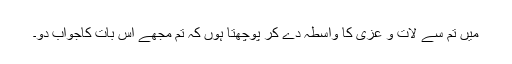
میں تم سے لات و عُزّٰی کا واسطہ دے کر پوچھتا ہوں کہ تم مجھے اس بات کاجواب دو۔